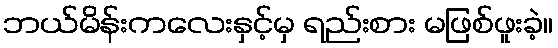
ဘယ်မိန်းကလေးနှင့်မှ ရည်းစား မဖြစ်ဖူးခဲ့။